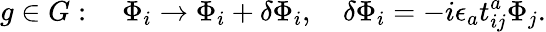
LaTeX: g\in G:\quad\Phi_{i}\to\Phi_{i}+\delta\Phi_{i},\quad\delta\Phi_{i}=-i\epsilon_{a}t_{ij}^{a}\Phi_{j}.